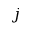
j